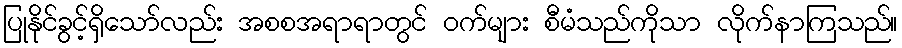
ပြုနိုင်ခွင့်ရှိသော်လည်း အစစအရာရာတွင် ဝက်များ စီမံသည်ကိုသာ လိုက်နာကြသည်။